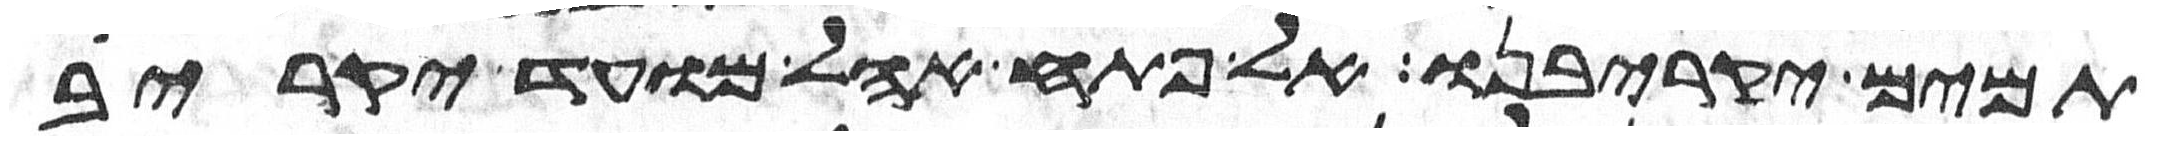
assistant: תמים יקריבנו אל פתח אהל מועד יקריב